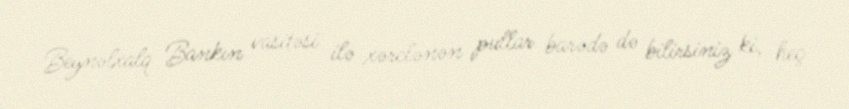
Beynəlxalq Bankın vasitəsi ilə xərclənən pullar barədə də bilirsiniz ki, heç